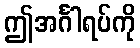
ဤအင်္ဂါရပ်ကို